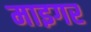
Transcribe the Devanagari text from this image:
माइगर